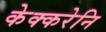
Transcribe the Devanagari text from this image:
केक्करेनि